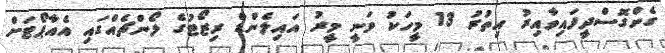
ގެންގޮސްދީފައިވާއިރު އިތުރު 13 މީހަކު ވަނީ މީރު އައިލެންޑް ރިޒޯޓުގެ ލޯންޗެއްގައި އެއާޕޯޓަށް